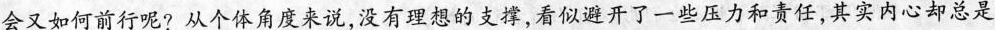
会又如何前行呢?从个体角度来说，没有理想的支撑，看似避开了一些压力和责任，其实内心却总是